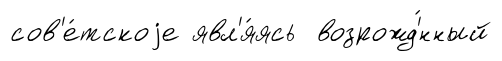
сов'е́тскоjе явл'я́ясь возрожд'́нный